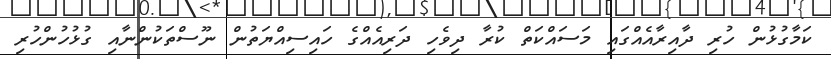
ކަމާގުޅުން ހުރި ދާއިރާއެއްގައި މަސައްކަތް ކުރާ ދިވެހި ދަރިއެއްގެ ހައިސިއްޔަތުން ނޫސްތަކުންނާއި ގުޅުހުންހުރި